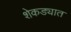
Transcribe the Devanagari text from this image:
शेकड्यात